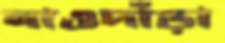
নাওদাঁড়া